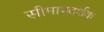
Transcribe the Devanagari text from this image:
सीमाप्रदर्शक